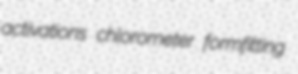
activations chlorometer formfitting